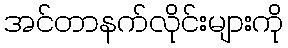
အင်တာနက်လိုင်းများကို